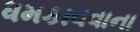
ધમકાવવાના